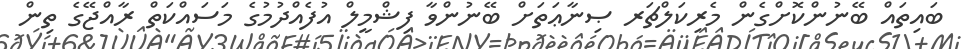
ބައިތައް ބޭނުންކޮށްގެން މެރިކަލްޗަރ ޞިނާޢަތަށް ބޭނުންވާ ފިޝްމީލް އުފެއްދުމުގެ މަސައްކަތް ރާއްޖޭގެ ތިން